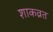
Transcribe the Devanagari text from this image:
शाकव्रत